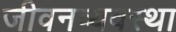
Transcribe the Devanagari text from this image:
जीवनव्यवस्था